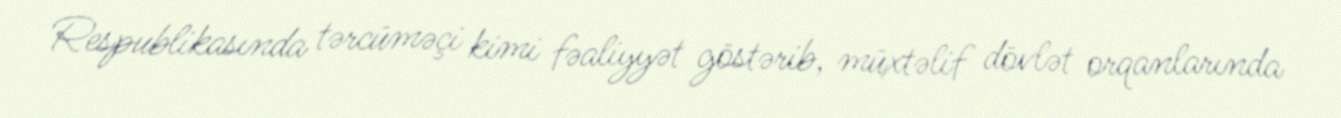
Respublikasında tərcüməçi kimi fəaliyyət göstərib, müxtəlif dövlət orqanlarında